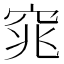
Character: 窕